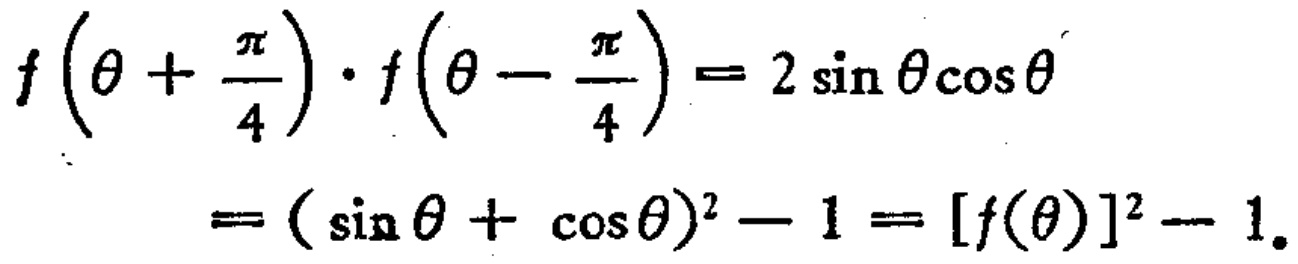
\[

\begin{align*}

f\left(\theta+\frac{\pi}{4}\right)\cdot f\left(\theta - \frac{\pi}{4}\right)&=2\sin\theta\cos\theta\\

&=(\sin\theta+\cos\theta)^2 - 1=[f(\theta)]^2 - 1.

\end{align*}

\]